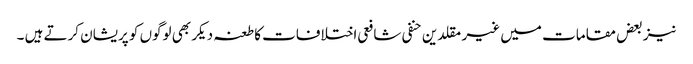
نیز بعض مقامات میں غیر مقلدین حنفی شافعی اختلافات کا طعنہ دیکر بھی لوگوں کو پریشان کرتے ہیں ۔